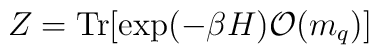
Z = \mbox{Tr}[\exp(- \beta H) {\cal O}(m_q)]